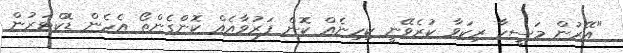
"އޭރުން މަސީހާ ރިކަވާ ކުރެވޭނީ ކިހިނެއް ކޮން ފަރުވާއެއް ކޮންގެންތޯ އެހެން ޑޮކްޓަރުން